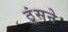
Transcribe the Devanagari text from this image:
ठूंसने